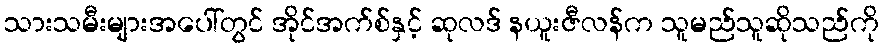
သားသမီးများအပေါ်တွင် အိုင်အက်စ်နှင့် ဆုလဒ် နယူးဇီလန်က သူမည်သူဆိုသည်ကို